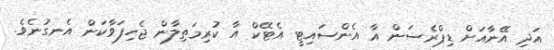
އަދި އޭނާއަަށް ޑިޕްރެސަން އާ އެންސައިޓީ އެޓޭކް އާ ކުރިމަތިލާން ޖެހިފަވާކަން އެނގުނެވެ.